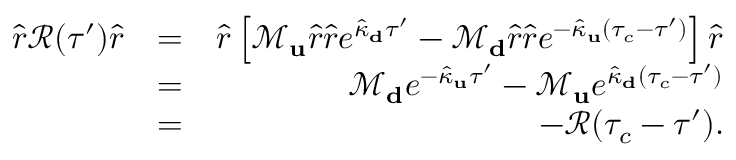
\begin{array} { r l r } { \hat { r } \mathcal { R } ( \tau ^ { \prime } ) \hat { r } } & { = } & { \hat { r } \left[ \mathcal { M } _ { \bf u } \hat { r } \hat { r } e ^ { \hat { \kappa } _ { \bf d } \tau ^ { \prime } } - \mathcal { M } _ { \bf d } \hat { r } \hat { r } e ^ { - \hat { \kappa } _ { \bf u } ( \tau _ { c } - \tau ^ { \prime } ) } \right] \hat { r } } \\ & { = } & { \mathcal { M } _ { \bf d } e ^ { - \hat { \kappa } _ { \bf u } \tau ^ { \prime } } - \mathcal { M } _ { \bf u } e ^ { \hat { \kappa } _ { \bf d } ( \tau _ { c } - \tau ^ { \prime } ) } } \\ & { = } & { - \mathcal { R } ( \tau _ { c } - \tau ^ { \prime } ) . } \end{array}